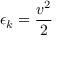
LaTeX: \epsilon _ { k } = { \frac { v ^ { 2 } } { 2 } }